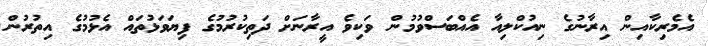
އެމެރިކާއިން އިރާނުގެ ނިއުކްލިއާ އެއްބަސްވުމުން ވަކިވެ އީރާނަށް ދަތިކުރުމުގެ ފިޔަވަޅުތައް އެޅުމުގެ އިތުރުން